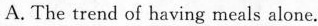
A. The trend of having meals alone.